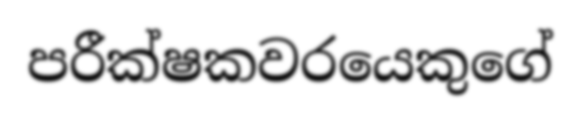
පරීක්ෂකවරයෙකුගේ